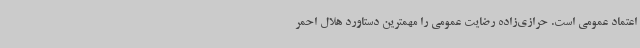
اعتماد عمومی است. حرازی‌زاده رضایت عمومی را مهمترین دستاورد هلال احمر